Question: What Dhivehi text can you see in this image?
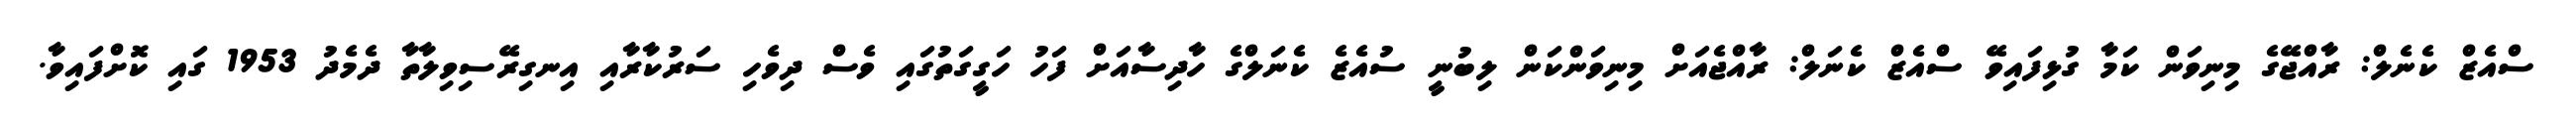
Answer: ސްއެޒް ކެނެލް: ރާއްޖޭގެ މިނިވަން ކަމާ ގުޅިފައިވޭ ސްއެޒް ކެނަލް: ރާއްޖެއަށް މިނިވަންކަން ލިބުނީ ސުއެޒެ ކެނަލްގެ ހާދިސާއަށް ފަހު ހަގީގަތުގައި ވެސް ދިވެހި ސަރުކާރާއި އިނގިރޭސިވިލާތާ ދެމެދު 1953 ގައި ކޮށްފައިވާ.